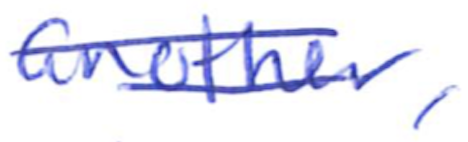
Text: another,
Cross-out: double-line
Writing tool: ballpoint